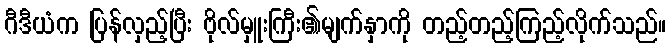
ဂီဒီယံက ပြန်လှည့်ပြီး ဗိုလ်မှူးကြီး၏မျက်နှာကို တည့်တည့်ကြည့်လိုက်သည်။